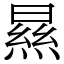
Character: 㬎